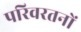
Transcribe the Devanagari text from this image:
परिवरतनों